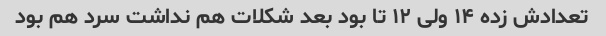
تعدادش زده ۱۴ ولی ۱۲ تا بود بعد شکلات هم نداشت سرد هم بود